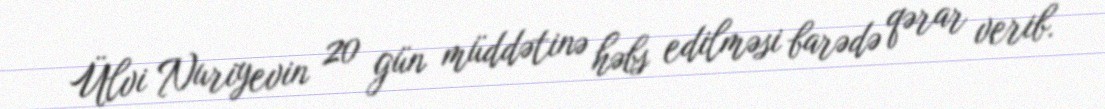
Ülvi Nuriyevin 20 gün müddətinə həbs edilməsi barədə qərar verib.